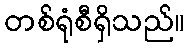
တစ်ရုံစီရှိသည်။